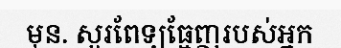
មុន. សួរពែទ្យធ្មែញរបស់អ្នក